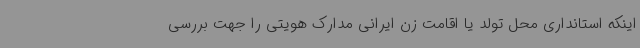
اینکه استانداری محل تولد یا اقامت زن ایرانی مدارک هویتی را جهت بررسی